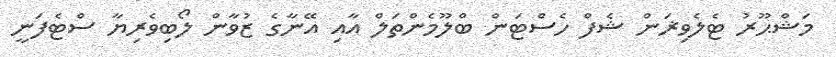
މަޝްޙޫރު ޓެލެވިޜަން ޝެފް ހެސްޓަން ބްލޫމެންތަލް އާއި އޭނާގެ ޒުވާން ލޯބިވެރިޔާ ސްޓެފަނީ